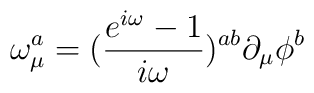
\omega _\mu ^a=(\frac{e^{i\omega }-1}{i\omega })^{ab}\partial _\mu \phi ^b